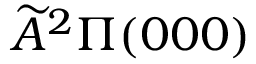
\widetilde { A } ^ { 2 } \Pi ( 0 0 0 )